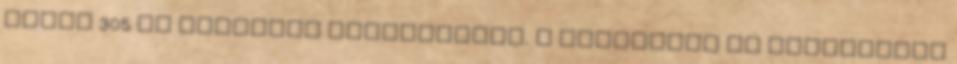
hidat 305 mm vastagon páncélozták. A páncélzat jó felépítésű